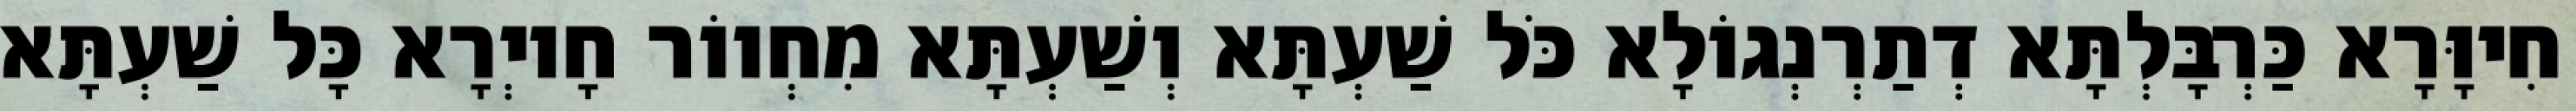
חִיוָּרָא כַּרְבָּלְתָּא דְתַרְנְגוֹלָא כֹּל שַׁעְתָּא וְשַׁעְתָּא מִחְווֹר חָיוְרָא כָּל שַׁעְתָּא